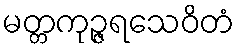
မတ္တကုဉ္ဇရသေဝိတံ